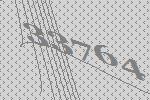
33764